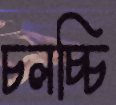
চলচ্চি